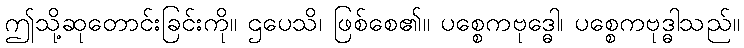
ဤသို့ဆုတောင်းခြင်းကို။ ဌပေသိ၊ ဖြစ်စေ၏။ ပစ္စေကဗုဒ္ဓေါ၊ ပစ္စေကဗုဒ္ဓါသည်။